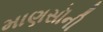
માણસૉની